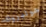
هولبروك